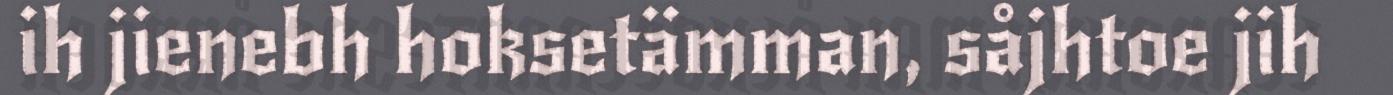
ih jienebh hoksetämman, såjhtoe jih